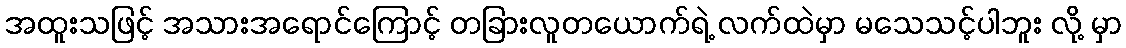
အထူးသဖြင့် အသားအရောင်ကြောင့် တခြားလူတယောက်ရဲ့ လက်ထဲမှာ မသေသင့်ပါဘူး လို့ မှာ